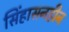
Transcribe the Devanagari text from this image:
सिंहासनहीन